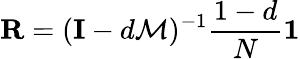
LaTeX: \mathbf{R}=(\mathbf{I}-d{\mathcal{M}})^{-1}{\frac{1-d}{N}}\mathbf{1}